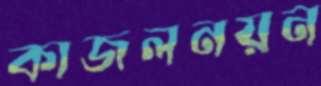
কাজলনয়ন